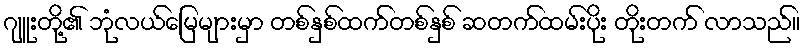
ဂျူးတို့၏ ဘုံလယ်မြေများမှာ တစ်နှစ်ထက်တစ်နှစ် ဆတက်ထမ်းပိုး တိုးတက် လာသည်။